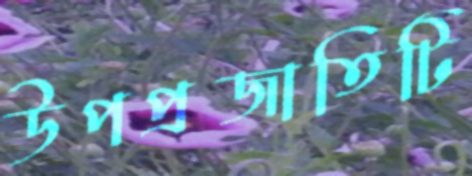
উপপ্রজাতিটি